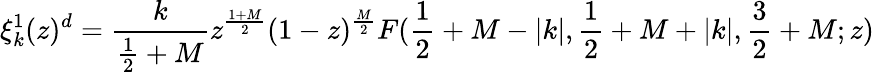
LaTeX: \xi_{k}^{1}(z)^{d}=\frac{k}{\frac{1}{2}+M}z^{\frac{1+M}{2}}(1-z)^{\frac{M}{2}}F(\frac{1}{2}+M-|k|,\frac{1}{2}+M+|k|,\frac{3}{2}+M;z)